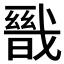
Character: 𭟺